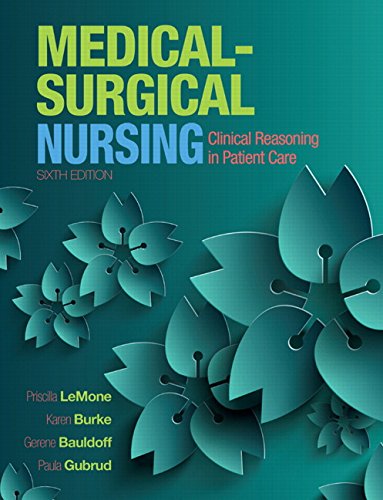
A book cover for Medical-Surgical Nursing: Clinical Reasoning in Patient Care (6th Edition) (Medical Surgical Nursing - Lemone); Priscilla LeMone; Medical Books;